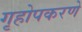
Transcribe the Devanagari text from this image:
गृहोपकरणे